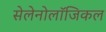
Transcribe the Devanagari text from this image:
सेलेनोलॉजिकल